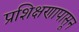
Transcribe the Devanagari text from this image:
प्रशिक्षणापासून